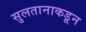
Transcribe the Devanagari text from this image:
सुलतानाकडून